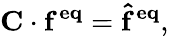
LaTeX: {\mathbf{C}}\cdot{\mathbf{{{f}}^{eq}}}={\mathbf{{{\hat{f}}}^{eq}}},